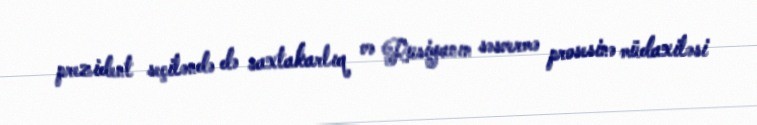
prezident seçiləndə də saxtakarlıq və Rusiyanın səsvermə prosesinə müdaxiləsi